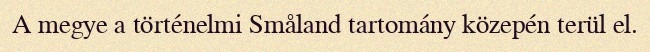
A megye a történelmi Småland tartomány közepén terül el.